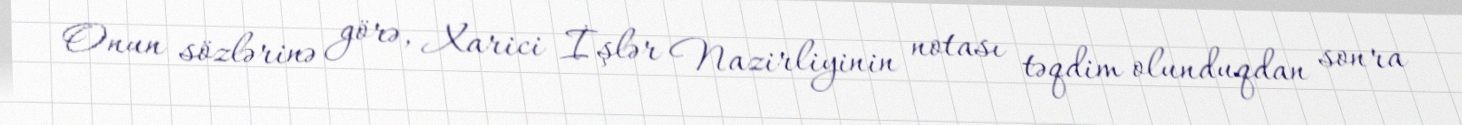
Onun sözlərinə görə, Xarici İşlər Nazirliyinin notası təqdim olunduqdan sonra